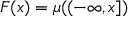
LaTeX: F ( x ) = \mu ( ( - \infty , x ] )